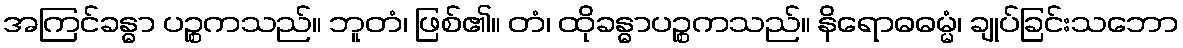
အကြင်ခန္ဓာ ပဉ္စကသည်။ ဘူတံ၊ ဖြစ်၏။ တံ၊ ထိုခန္ဓာပဉ္စကသည်။ နိရောဓဓမ္မံ၊ ချုပ်ခြင်းသဘော